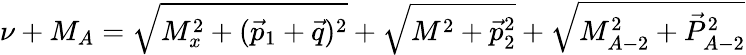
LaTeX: \nu+M_{A}=\sqrt{M_{x}^{2}+(\vec{p}_{1}+\vec{q})^{2}}+\sqrt{M^{2}+\vec{p}_{2}^{2}}+\sqrt{M_{A-2}^{2}+\vec{P}_{A-2}^{2}}